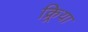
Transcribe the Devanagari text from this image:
क्र्रिया